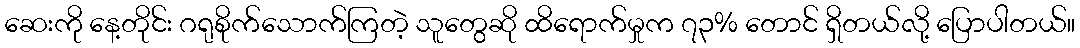
ဆေးကို နေ့တိုင်း ဂရုစိုက်သောက်ကြတဲ့ သူတွေဆို ထိရောက်မှုက ၇၃% တောင် ရှိတယ်လို့ ပြောပါတယ်။